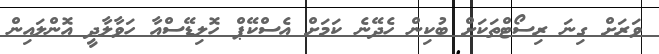
ވަރަށް ގިނަ ރިސޯޓްތަކަށް ބުކިން ހެދޭނެ ކަމަށް އެސްކޭޕް ހޮލިޑޭސްއާ ހަވާލާދީ އޮންލައިން